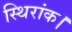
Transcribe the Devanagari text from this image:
स्थिरांक।